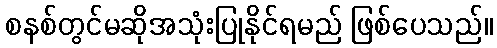
စနစ်တွင်မဆိုအသုံးပြုနိုင်ရမည် ဖြစ်ပေသည်။